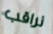
نراقب